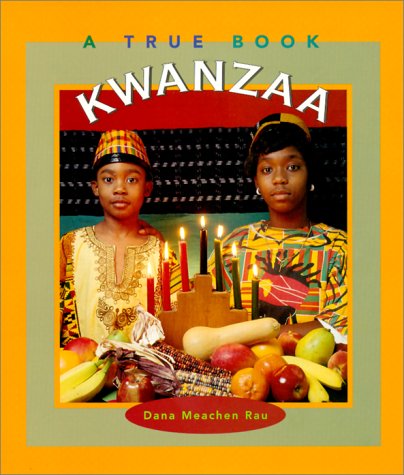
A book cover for Kwanzaa (True Books: Holidays); Dana Meachen Rau; Children's Books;